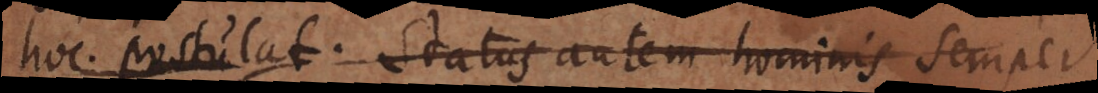
hoc postulat. Status autem hominis semper